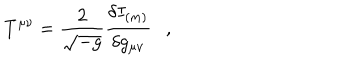
LaTeX: T ^ { \mu \nu } = { \frac { 2 } { \sqrt { - g } } } { \frac { \delta I _ { ( m ) } } { \delta g _ { \mu \nu } } } ,